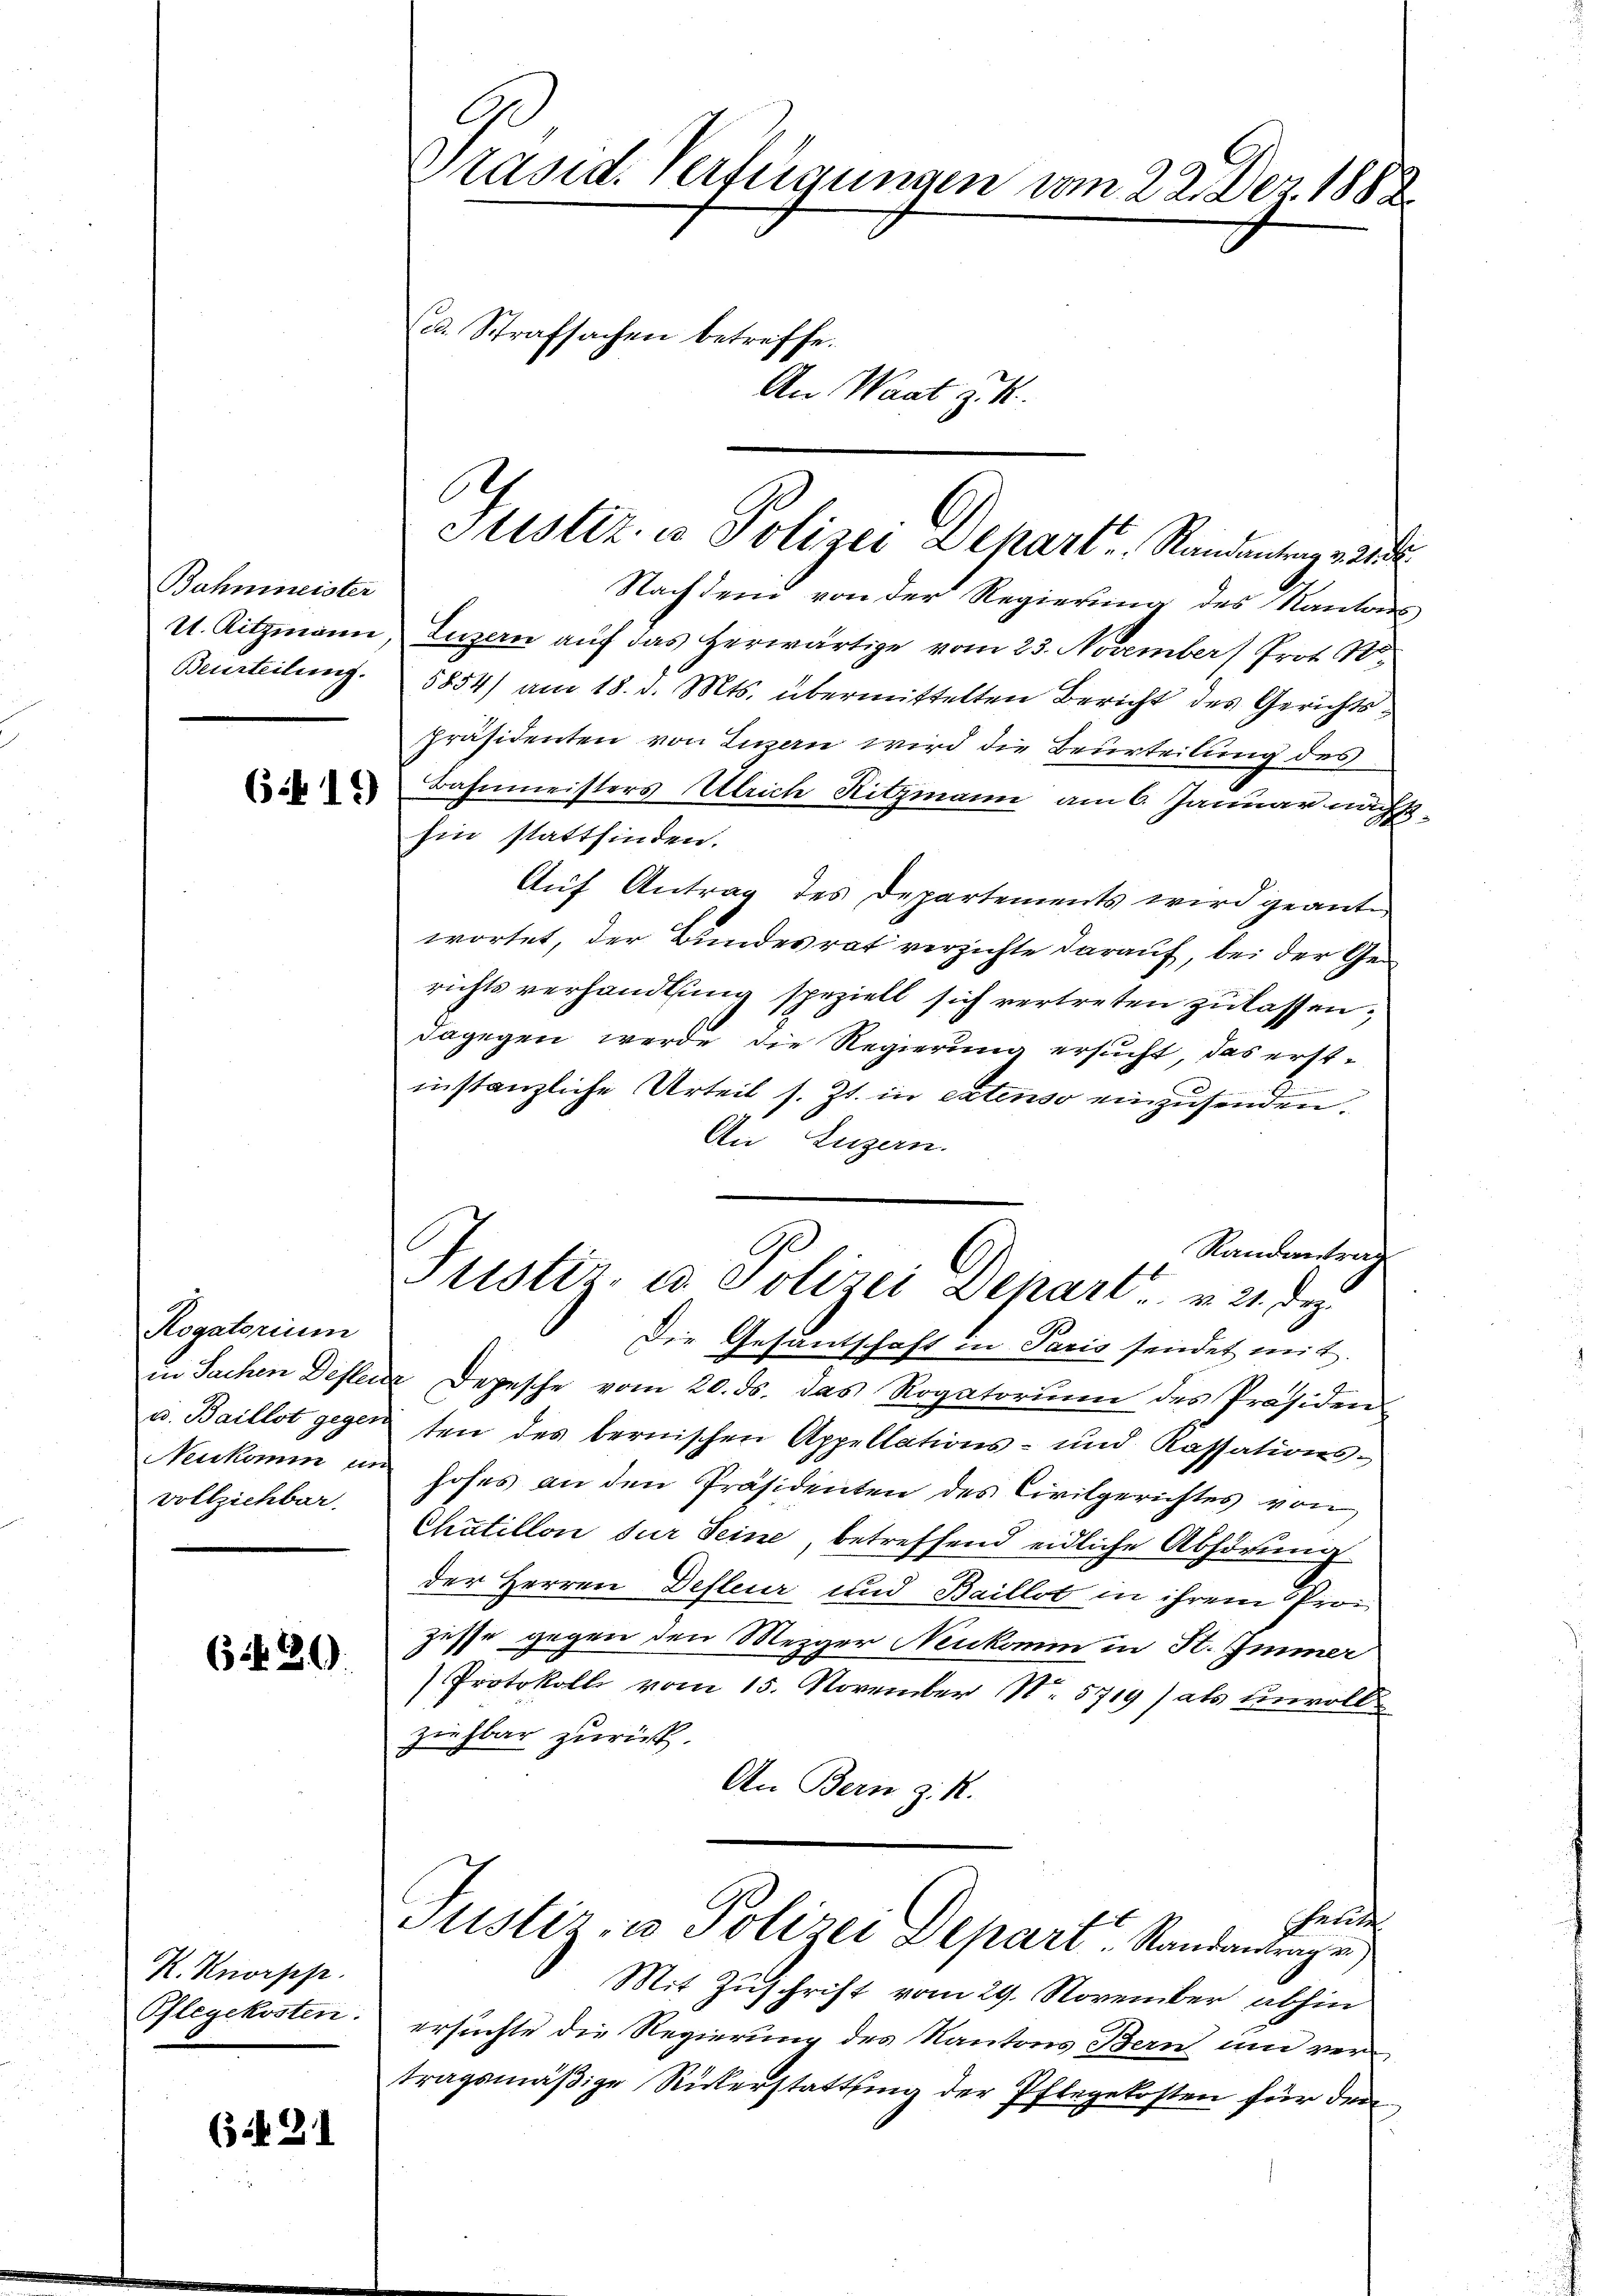
Bahmneister
U. Ritzmann
Beurteilung.

6419)

Rogatorium
in Sachen Descende
u. Baillot gegen
Neukomm un
vollziehbar.

6430.

R. Knorsehe
Pflegekosten.

(if. 21

Präsid. Verfügungen vom 22. Dez. 1882.
c. Strafsachen betreffe.
An Waat z. B.

Nachdem von der Regierung des Kantons
Luzern auf das herwärtige vom 23. November Prot. N.
5854) am 18. d. Mts. übermittelten Bericht des Gerichtspräsidenten von Luzern wird die Beurteilung des
Bahnmeisters Alleich Ritzmann am 6. Januar nach
hin stattfinden.
Auf Antrag des Departements wird geantwortet, der Bundesrat verzichte darauf, bei der Gerichtsverhandlung speziell sich vertreten zu lassen,
dagegen werde die Regierung ersucht, das erstinstanzliche Urteil s. Zt. in extenso einzusenden.
An Luzern.
Randantrag
Die Gesantschaft in Paris sendet mit.
d
Depesche vom 20. ds. das Rogatorium des Präsiden
ten des bernischen Appellations- und Kassations-
hofes an den Präsidenten des Civilgerichtes von
Chátillon zur Seine, betreffend eidliche Abhörung
der Herren Defleur und Baillot in ihrem Prozesse gegen den Mezger Neukomm in St. Immer
Protokoll vom 15. November No. 5719 als unvollziehbar zurück.
An Bern z. R.
heute
Sistir- u Polizei Depart. Randantrage
Mit Zuschrift vom 29. November abhin
ersuchte die Regierung des Kantons Bern und vertragsmäßige Rückerstattung der Pflegekosten für den

.
Stistiz- u Polizei Dekart u. Randantrag v. 2.

Ge
Justiz- u. Polizei Depart u. v. 21. Dez.